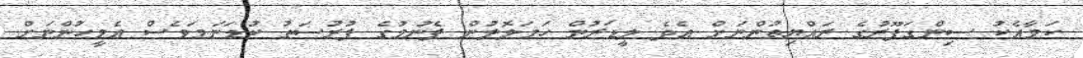
ކަމާއެކު ސިންގަޕޫރުގެ ރައްޔިތުންނަށް އެދެ ލީޑަރުން ހަމަލޮލުން ފެނުމުގެ ފުރުސަތު ކުޑަނަމަވެސް އެމީހުންނަށް